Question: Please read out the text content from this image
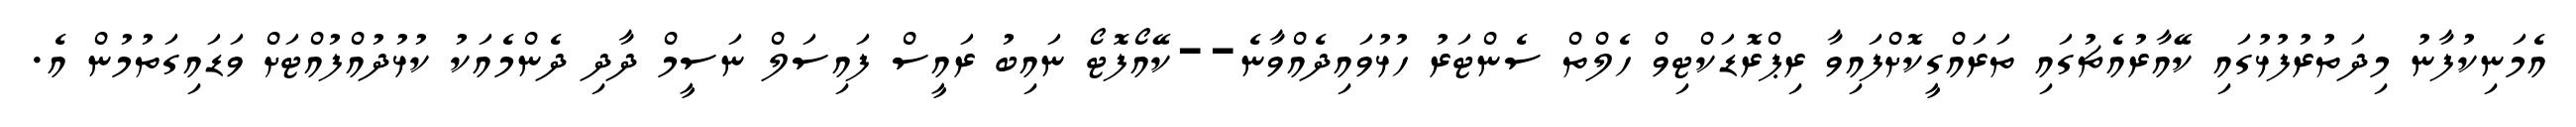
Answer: އެމަނިކުފާނު މިދަތުރުފުޅުގައި ކޭއާރުއެޗުގައި ތަރައްގީކޮށްފައިވާ ރިޕްރޮޑަކްޓިވް ހެލްތް ސެންޓަރު ހުޅުވައިދެއްވާނެ--ކޭއޯފޮޓޯ ނައިބު ރައީސް ފައިސަލް ނަސީމް ދާދި ދެންމެއަކު ކުޅުދުއްފުއްޓަށް ވަޑައިގަތުމުން އެ.